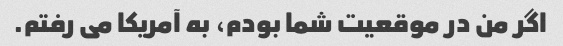
اگر من در موقعیت شما بودم، به آمریکا می رفتم.